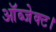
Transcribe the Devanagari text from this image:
ऑब्जेक्ट।